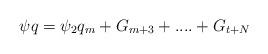
LaTeX: \begin{align*}\psi q=\psi_{2}q_{m}+G_{m+3}+....+G_{t+N} \end{align*}